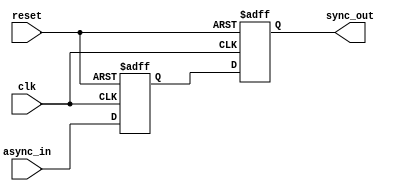
module dual_ff_synchronizer (
    input wire async_in,   // Asynchronous input signal
    input wire clk,        // Clock signal
    input wire reset,      // Optional reset signal
    output reg sync_out    // Synchronized output signal
);

// Internal signals
reg intermediate_sync; // Intermediate signal from the first flip-flop

// First Flip-Flop (FF1)
always @(posedge clk or posedge reset) begin
    if (reset) begin
        intermediate_sync <= 1'b0; // Initialize to 0 on reset
    end else begin
        intermediate_sync <= async_in; // Capture async_in
    end
end

// Second Flip-Flop (FF2)
always @(posedge clk or posedge reset) begin
    if (reset) begin
        sync_out <= 1'b0; // Initialize to 0 on reset
    end else begin
        sync_out <= intermediate_sync; // Capture intermediate_sync
    end
end

endmodule